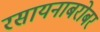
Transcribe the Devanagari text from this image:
रसायनाबरोबर